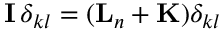
{ \mathbf { I } } \, \delta _ { k l } = ( { \mathbf { L } } _ { n } + { \mathbf { K } } ) \delta _ { k l }